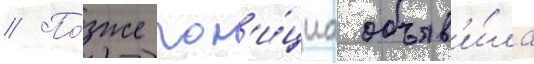
// По́зже пол'и́циа объяв'и́ла